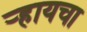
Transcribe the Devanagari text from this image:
र्‍हायचा